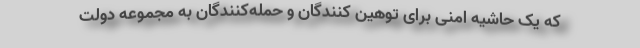
که یک حاشیه امنی برای توهین کنندگان و حمله‌کنندگان به مجموعه دولت